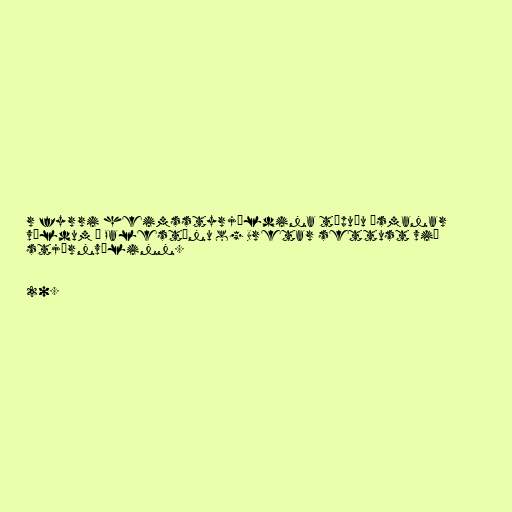
r fyrri heimsstyrjöldina töpuðu Ósmanar
völdum í Palestínu og Bretar settust við
stjórnvölinn.

20.